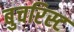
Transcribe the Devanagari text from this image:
बुचरिस्ट